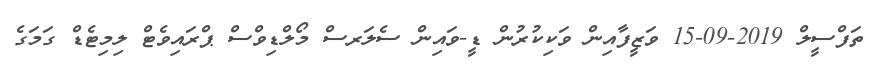
ތަފްސީލް 2019-09-15 ވަޒީފާއިން ވަކިކުރުން ޑީ-ވައިން ސެލަރސް މޯލްޑިވްސް ޕްރައިވެޓް ލިމިޓެޑް ގަމަގެ